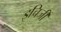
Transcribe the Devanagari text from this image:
इचिजी